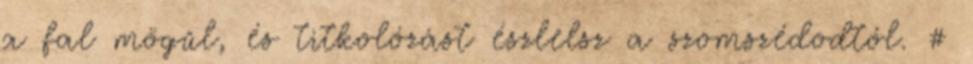
a fal mögűl, és titkolózást észlelsz a szomszédodtól. #